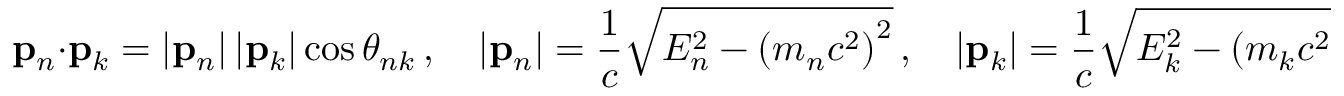
\mathbf { p } _ { n } \cdot \mathbf { p } _ { k } = \left| \mathbf { p } _ { n } \right| \left| \mathbf { p } _ { k } \right| \cos \theta _ { n k } \, , \quad | \mathbf { p } _ { n } | = { \frac { 1 } { c } } { \sqrt { E _ { n } ^ { 2 } - \left( m _ { n } c ^ { 2 } \right) ^ { 2 } } } \, , \quad | \mathbf { p } _ { k } | = { \frac { 1 } { c } } { \sqrt { E _ { k } ^ { 2 } - \left( m _ { k } c ^ { 2 } \right) ^ { 2 } } } \, ,